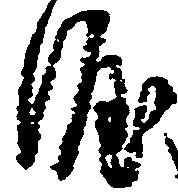
涯